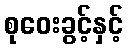
စုဝေးခွင့်နှင့်